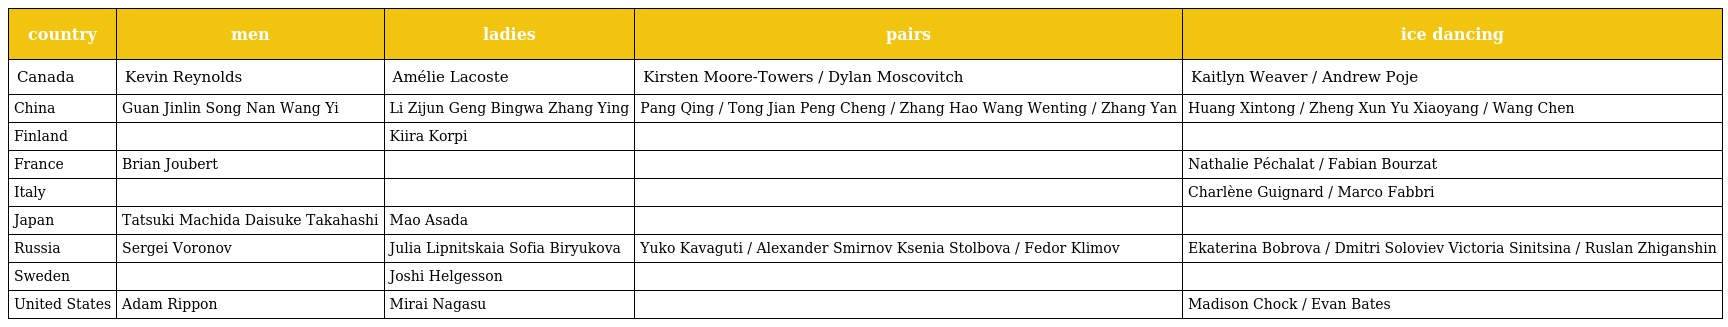
| country | men | ladies | pairs | ice dancing |
 | --- | --- | --- | --- | --- |
 | Canada | Kevin Reynolds | Amélie Lacoste | Kirsten Moore-Towers / Dylan Moscovitch | Kaitlyn Weaver / Andrew Poje |
 | China | Guan Jinlin Song Nan Wang Yi | Li Zijun Geng Bingwa Zhang Ying | Pang Qing / Tong Jian Peng Cheng / Zhang Hao Wang Wenting / Zhang Yan | Huang Xintong / Zheng Xun Yu Xiaoyang / Wang Chen |
 | Finland |  | Kiira Korpi |  |  |
 | France | Brian Joubert |  |  | Nathalie Péchalat / Fabian Bourzat |
 | Italy |  |  |  | Charlène Guignard / Marco Fabbri |
 | Japan | Tatsuki Machida Daisuke Takahashi | Mao Asada |  |  |
 | Russia | Sergei Voronov | Julia Lipnitskaia Sofia Biryukova | Yuko Kavaguti / Alexander Smirnov Ksenia Stolbova / Fedor Klimov | Ekaterina Bobrova / Dmitri Soloviev Victoria Sinitsina / Ruslan Zhiganshin |
 | Sweden |  | Joshi Helgesson |  |  |
 | United States | Adam Rippon | Mirai Nagasu |  | Madison Chock / Evan Bates |